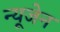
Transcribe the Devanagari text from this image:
न्यूजेन